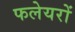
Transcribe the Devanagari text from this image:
फलेयरों